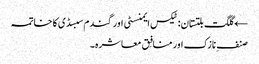
← گلگت بلتستان: ٹیکس ایمنسٹی اور گندم سبسڈی کا خاتمہ
صنفِ نازک اور منافِق معاشرہ۔